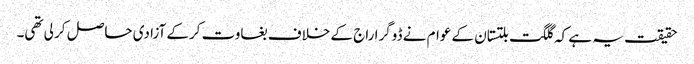
حقیقت یہ ہے کہ گلگت بلتستان کے عوام نے ڈوگرا راج کے خلاف بغاوت کرکے آزادی حاصل کر لی تھی۔